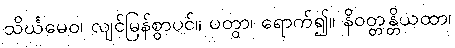
သိင်္ဃမေဝ၊ လျင်မြန်စွာပင်။ ပတွာ၊ ရောက်၍။ နိဝတ္တန္တိယထာ၊